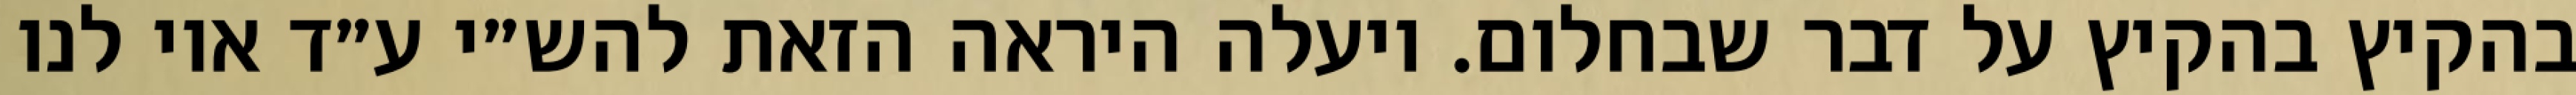
בהקיץ בהקיץ על דבר שבחלום. ויעלה היראה הזאת להש״י ע״ד אוי לנו